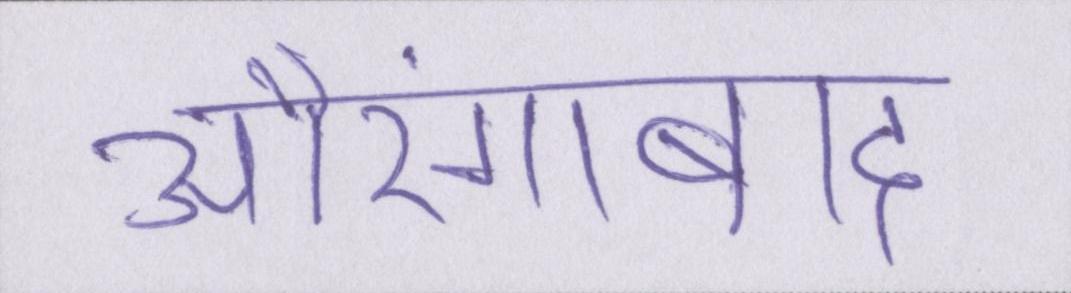
औरंगाबाद